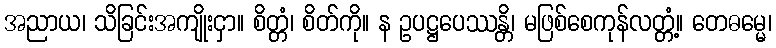
အညာယ၊ သိခြင်းအကျိုးငှာ။ စိတ္တံ၊ စိတ်ကို။ န ဥပဋ္ဌပေဿန္တိ၊ မဖြစ်စေကုန်လတ္တံ့။ တေဓမ္မေ၊